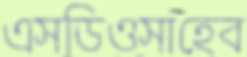
এসডিওসাহেব